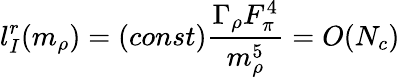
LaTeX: l_{I}^{r}(m_{\rho})=(const)\frac{\Gamma_{\rho}F_{\pi}^{4}}{m_{\rho}^{5}}=O(N_{c})